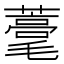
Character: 𦿗